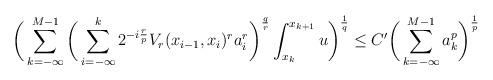
LaTeX: \begin{align*}\bigg( \sum_{k=-\infty}^{M-1} \bigg( \sum_{i=-\infty}^{k} 2^{-i\frac{r}{p}} V_r(x_{i-1},x_i)^r a_i^r \bigg)^{\frac{q}{r}} \int_{x_k}^{x_{k+1}} u \bigg)^{\frac{1}{q}} \leq C' \bigg(\sum_{k=-\infty}^{M-1} a_k^p \bigg)^{\frac{1}{p}}\end{align*}